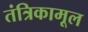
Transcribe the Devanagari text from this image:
तंत्रिकामूल